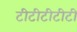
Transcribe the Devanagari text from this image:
टीटीटीटीटी